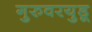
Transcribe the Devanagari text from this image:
गुरुवरयुडू